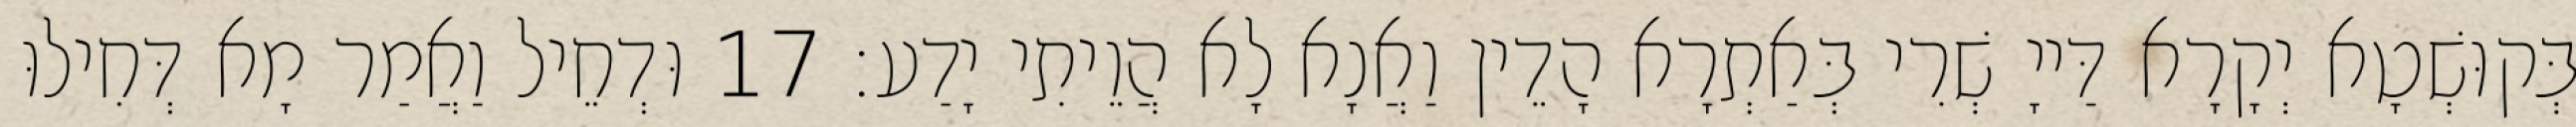
בְּקוּשְׁטָא יְקָרָא דַּייָ שְׁרִי בְּאַתְרָא הָדֵין וַאֲנָא לָא הֲוֵיתִי יָדַע׃ 17 וּדְחֵיל וַאֲמַר מָא דְּחִילוּ